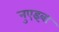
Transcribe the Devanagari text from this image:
नुएइबा